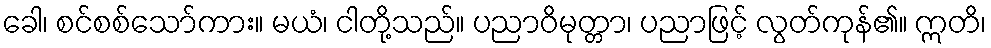
ခေါ၊ စင်စစ်သော်ကား။ မယံ၊ ငါတို့သည်။ ပညာဝိမုတ္တာ၊ ပညာဖြင့် လွတ်ကုန်၏။ ဣတိ၊